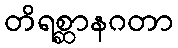
တိရစ္ဆာနဂတာ